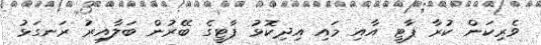
ވެރިކަން ކުރާ ޕާޓީ އާއި މައި އިދިކޮޅު ޕާޓީގެ ބޭރުން ބަލާއިރު ރަނގަޅު